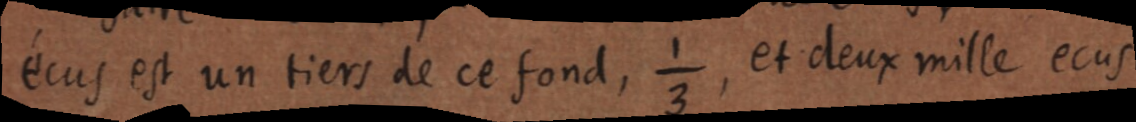
écus est un tiers de ce fond,⅓, et deux mille ecus